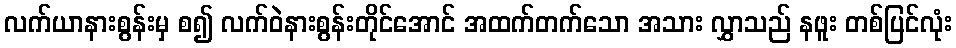
လက်ယာနားစွန်းမှ စ၍ လက်ဝဲနားစွန်းတိုင်အောင် အထက်တက်သော အသား လွှာသည် နဖူး တစ်ပြင်လုံး